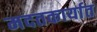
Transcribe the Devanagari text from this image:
मदतकार्यात